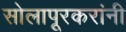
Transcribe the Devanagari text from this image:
सोलापूरकरांनी